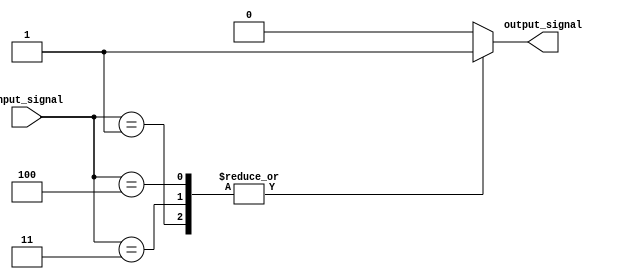
module behavioral_modeling_block (
    input wire [2:0] input_signal,
    output reg output_signal
);

always @(*) begin
    case(input_signal)
        3'b000: output_signal = 1'b0;
        3'b001: output_signal = 1'b1;
        3'b010: output_signal = 1'b0;
        3'b011: output_signal = 1'b1;
        3'b100: output_signal = 1'b1;
        default: output_signal = 1'b0;
    endcase
end

endmodule